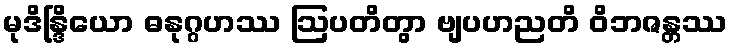
မုဒိန္ဒြိယော ဓနုဂ္ဂဟဿ ဩပတိတွာ ဗျပဟညတိ ဝိဘဇန္တဿ